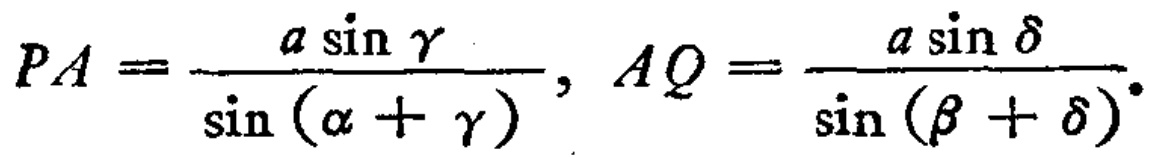
\(PA=\frac{a\sin\gamma}{\sin(\alpha + \gamma)}, AQ=\frac{a\sin\delta}{\sin(\beta + \delta)}.\)